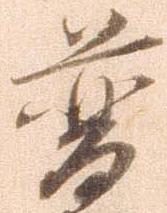
普